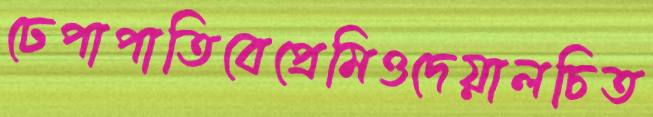
ঢেপাপাতিবেপ্রেমিওদেয়ালচিত